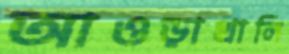
আওড়াখালি